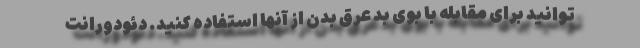
توانید برای مقابله با بوی بد عرق بدن از آنها استفاده کنید. دئودورانت